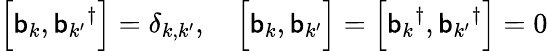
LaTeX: \left[\mathsf{b}_{k},{\mathsf{b}_{k^{\prime}}}^{\dagger}\right]=\delta_{k,k^{\prime}},\quad{\Big[}\mathsf{b}_{k},\mathsf{b}_{k^{\prime}}{\Big]}=\left[{\mathsf{b}_{k}}^{\dagger},{\mathsf{b}_{k^{\prime}}}^{\dagger}\right]=0